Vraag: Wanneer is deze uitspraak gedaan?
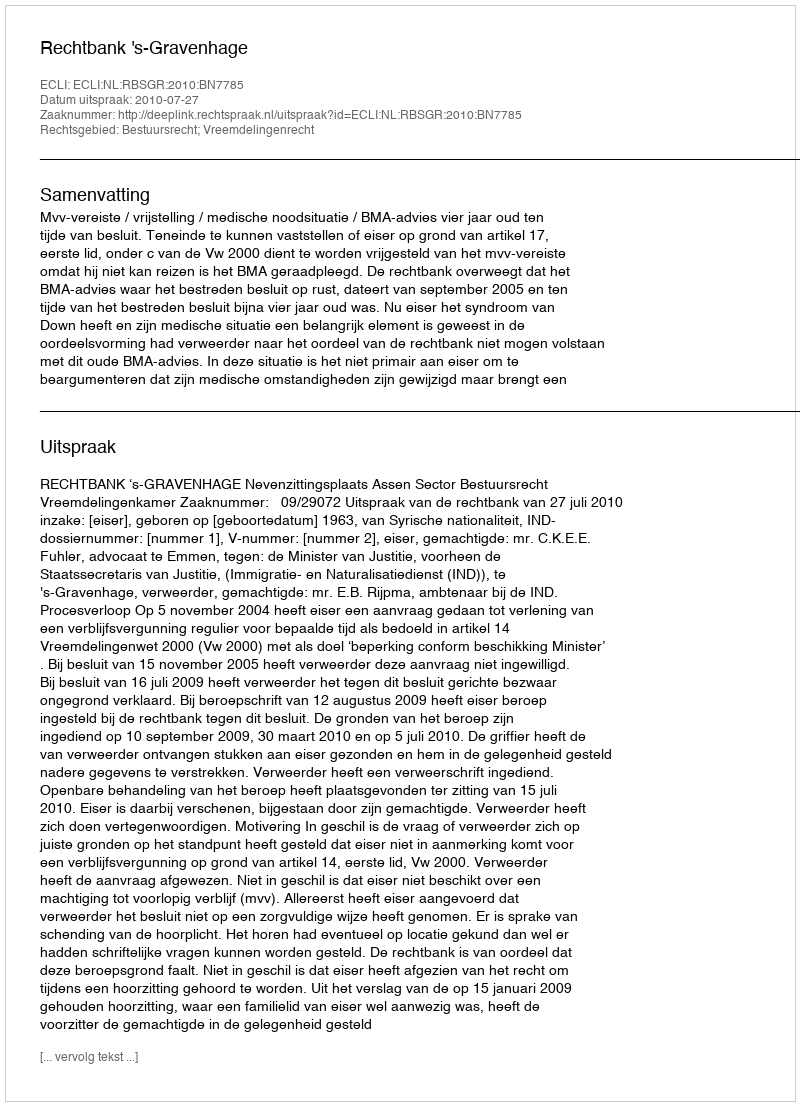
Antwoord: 2010-07-27